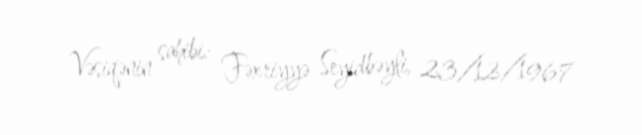
Vəsiqənin sahibi: Fəxriyyə Seyidbəyli, 23/12/1967